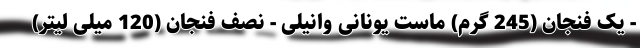
- یک فنجان (245 گرم) ماست یونانی وانیلی - نصف فنجان (120 میلی لیتر)